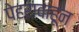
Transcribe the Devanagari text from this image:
पेहरावाहून